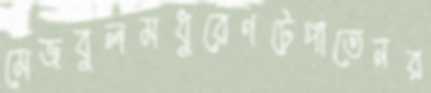
মেজবুলমধুরেণটেপাতেনর